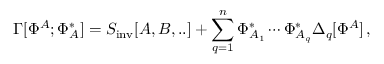
\Gamma [ \Phi ^ { A } ; \Phi _ { A } ^ { * } ] = S _ { \mathrm { i n v } } [ A , B , . . ] + \sum _ { q = 1 } ^ { n } \Phi _ { A _ { 1 } } ^ { * } \cdots \Phi _ { A _ { q } } ^ { * } \Delta _ { q } [ \Phi ^ { A } ] \, ,